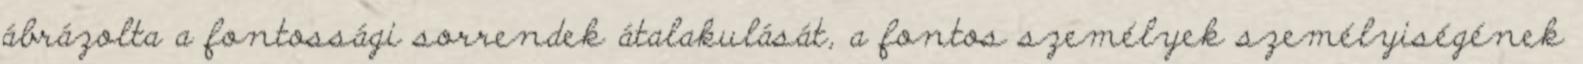
ábrázolta a fontossági sorrendek átalakulását, a fontos személyek személyiségének